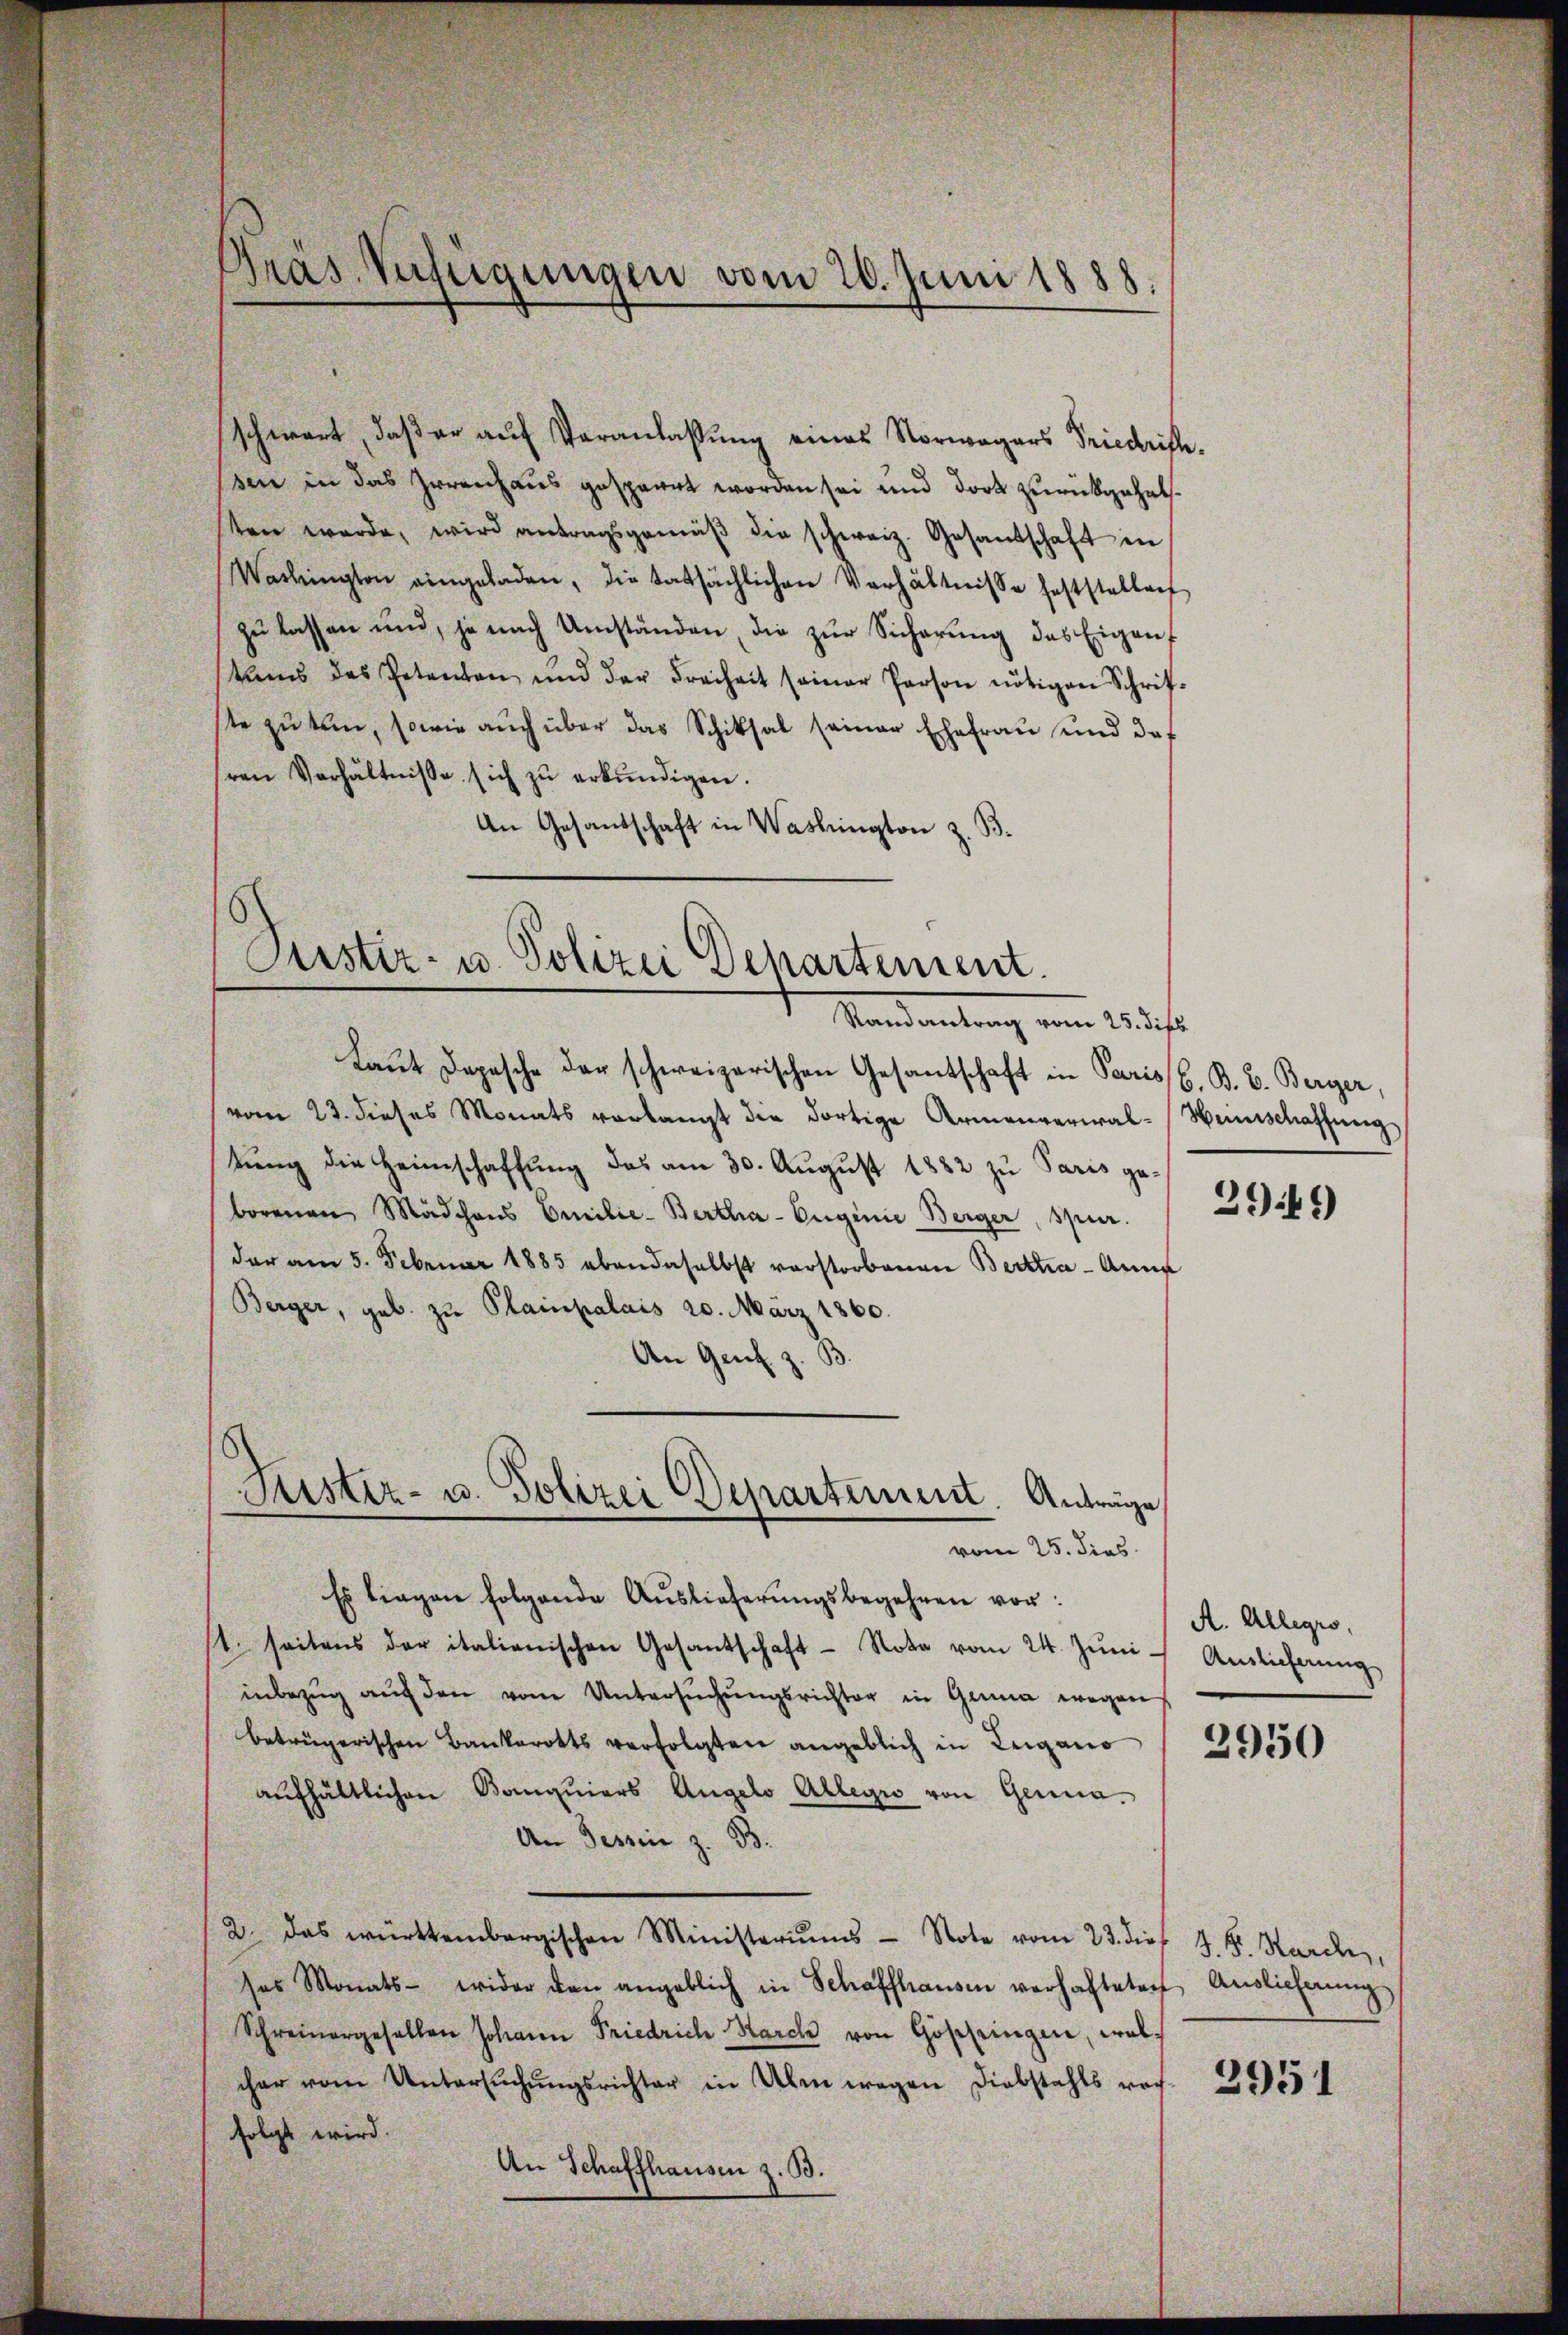
Gräs. Verfügungen vom 20. Juni 1888.

schwert, daß er auf Veranlassung eines Norwagers Friedrichssen in das Irrenhaus gesperrt worden sei und dort zurückgehalten werde, wird antragsgemäβ die schweiz. Gesandschaft in
Washington eingeladen, die tatsächlichen Verhältnisse feststellen
zŭ lassen und, je nach Umständen die zŭr Sicherŭng des Eigenf
tums des Petenten und der Freiheit seiner Person nötigen Schrif-
ste zu tun, sowie auch über das Schiksal seiner Ehefrau und das
ren Verhältnisse sich zŭ erkŭndigen.
An Gesandschaft in Washington z. B.

Purster- u. Polizei Departement.
Randantrag vom 25. dies

Laŭt Depesche der schweizerischen Gesantschaft in Pariss. B. B. Berger,
vom 23. dieses Monats verlangt die dortige Armenverwal-Haunschaffung
tŭng die Heimschaffŭng das am 30. Aŭgŭst 1882 zu Paris geborenen Mädchens Emilie-Bertha-Euginie Berger, spur.
der am 5. Februar 1885 ebendaselbst vorstorbenen Berttia - Anna
Berger, geb. zu Plainpalais 20. März 1860.
An Genf z. B.

Es liegen folgende Auslieferŭngsbegehren vor:
t. seitens der italienischen Gesandschaft Note vom 24. Jŭni Auslieferung
inbezug auf den vom Untersŭchŭngsrichter in Gena wegen
beträgerischen Bankerotts verfolgten angeblich in Lugano
aŭfhältlichen Banquiers Angelo Allegio von Genua¬
An Tessin z. B.
2. das württembergischen Ministeriums Note vom 23. dies J. K. Karde,
ses Monats- wider den angeblich in Schaffhausen verhalteten Anglicherŭng
Schreinergesellen Johann Friedrich Marck von Göppingen, walcher vom Untersŭchŭngsrichter in Alm wegen Diebstahls rech-
folgt wird.
An Schaffhausen z. B.

Justiz- u. Polizei Departement. Anträge
vom 25. dies

2949)

A. Allegio,

2950

2951